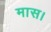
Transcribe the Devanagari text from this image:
मास।